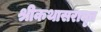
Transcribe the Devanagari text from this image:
श्रीकथासरामृत